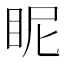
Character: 眤